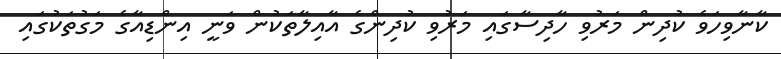
ކާނާވިހަވެ ކުދިން މަރުވި ހާދިސާގައި މަރުވި ކުދިންގެ އާއިލާތަކުން ވަނީ އިންޑިއާގެ މަގުތަކުގައި